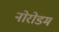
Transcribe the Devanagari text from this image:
नोरोडम